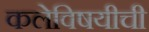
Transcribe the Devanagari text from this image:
कलेविषयीची